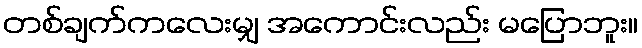
တစ်ချက်ကလေးမျှ အကောင်းလည်း မပြောဘူး။